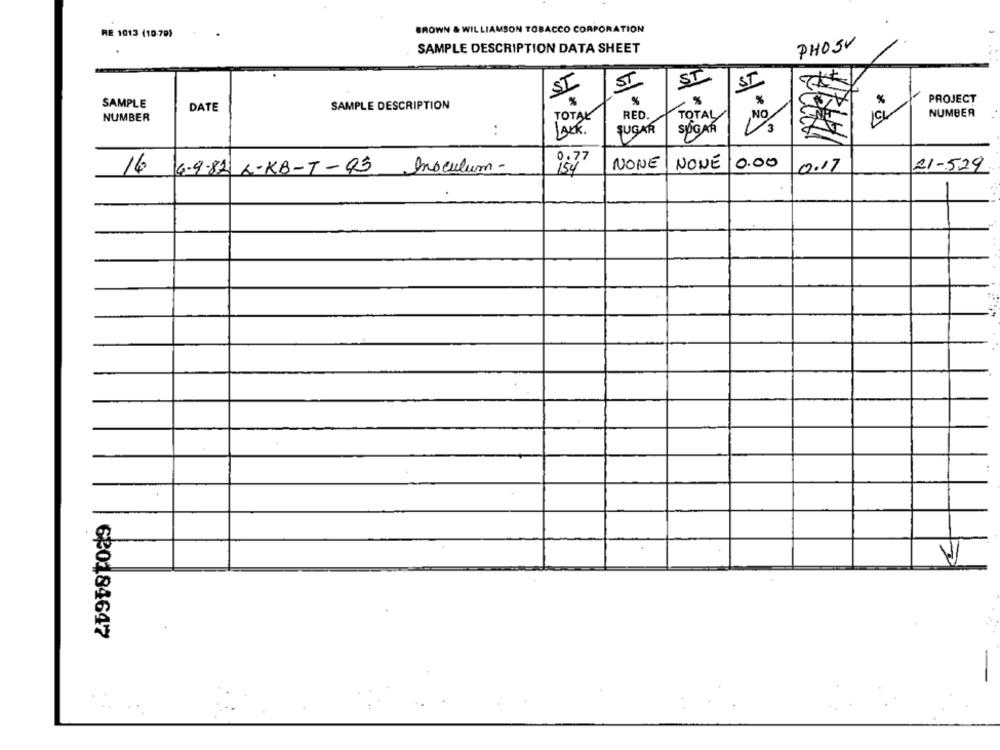
BROWN & WILLIAMSON TOBACCO CORPORATION
RE 1013 (10-79)
PHOSV
SAMPLE DESCRIPTION DATA SHEET
ST
ST
ST
SI
SAMPLE
SAMPLE DESCRIPTION
%
%
PROJECT
DATE
,NO.
NUMBER
NUMBER
TOTAL
RED.
TOTAL/
3
:
LAKK.
SUGAR
SUGAR
0.77
NONE
NONE
0.00
0.17
16
6.9-82 A-KB-T-Q3 Inoculum-
21-529
:
620184647